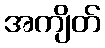
အကျိတ်